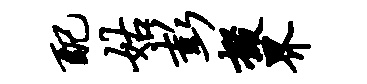
配姑彭掇界